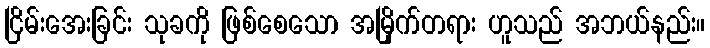
ငြိမ်းအေးခြင်း သုခကို ဖြစ်စေသော အမြိုက်တရား ဟူသည် အဘယ်နည်း။